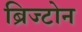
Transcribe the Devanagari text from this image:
ब्रिज्टोन